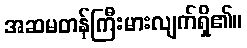
အဆမတန်ကြီးမားလျက်ရှိ၏။